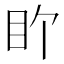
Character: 𬑅